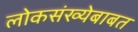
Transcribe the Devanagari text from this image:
लोकसंख्येबाबत